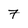
Character: 7